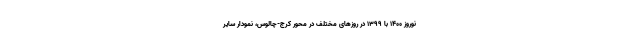
نوروز ۱۴۰۰ با ۱۳۹۹ در روزهای مختلف در محور کرج-چالوس، نمودار سایر